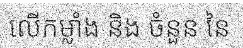
លើកម្លាំង និង ចំនួន នៃ